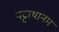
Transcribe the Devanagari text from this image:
पट्टाथानम